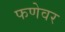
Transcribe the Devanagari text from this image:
फणेवर